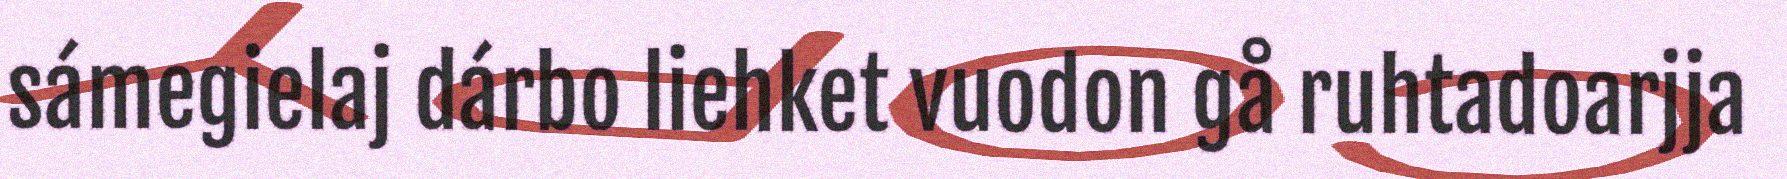
sámegielaj dárbo liehket vuodon gå ruhtadoarjja